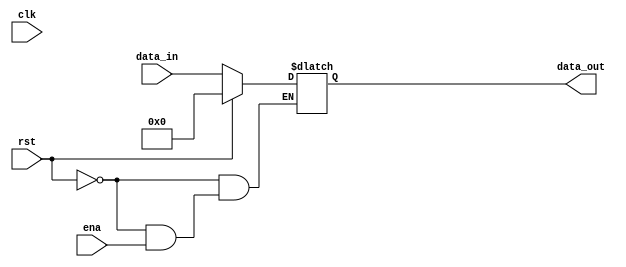
`timescale 1ns / 1ps
//////////////////////////////////////////////////////////////////////////////////
// Company: 
// Engineer: 
// 
// Design Name: 
// Module Name:    reg 
// Project Name: 
// Target Devices: 
// Tool versions: 
// Description: 
//
// Dependencies: 
//
// Revision: 
// Revision 0.01 - File Created
// Additional Comments: 
//
//////////////////////////////////////////////////////////////////////////////////
module pcreg(
input clk, 
input rst, 
//  ena rst 
input ena, // 
input[31:0]data_in, // 31 
output reg[31:0]data_out // 31  PC 
);
initial data_out = 0;
always @ (*)
begin 
if(rst==1)
	 data_out = 0;
else 
	 if(ena==0)
		  data_out = data_in;
	 else
	     data_out = data_out;
end
endmodule